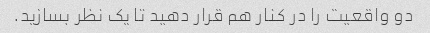
دو واقعیت را در کنار هم قرار دهید تا یک نظر بسازید.